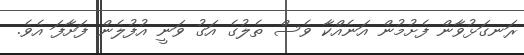
ރަނގަޅުވާން ފެށުމުން އަނެއްކާ ވެސް ތެލުގެ އަގު ވަނީ އުފުލެން ފަށާފަ އެވެ.